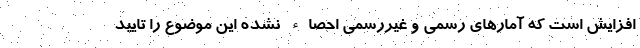
افزایش است که آمارهای رسمی و غیررسمی احصاء نشده این موضوع را تایید